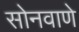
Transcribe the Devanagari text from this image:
सोनवाणे